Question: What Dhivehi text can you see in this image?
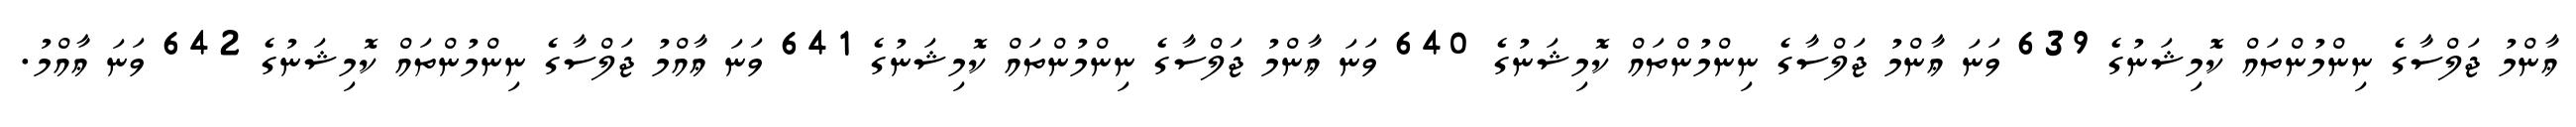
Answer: ޢާންމު ޖަލްސާގެ ނިންމުންތައް ކޮމިޝަނުގެ 639 ވަނަ ޢާންމު ޖަލްސާގެ ނިންމުންތައް ކޮމިޝަނުގެ 640 ވަނަ ޢާންމު ޖަލްސާގެ ނިންމުންތައް ކޮމިޝަނުގެ 641 ވަނަ ޢާއްމު ޖަލްސާގެ ނިންމުންތައް ކޮމިޝަނުގެ 642 ވަނަ ޢާއްމު.